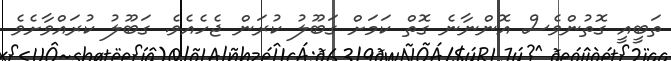
ތަބީއީ ގޮތުންވެސް އޮންނާނެ ގޮތް ކަމަށް ގަބޫލު ކުރަން ޖެހެއެވެ. ގަބޫލު ކުރައްވާށެވެ